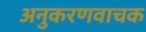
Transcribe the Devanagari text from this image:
अनुकरणवाचक